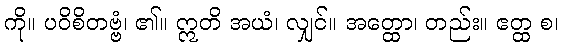
ကို။ ပဝိစိတဗ္ဗံ၊ ၏။ ဣတိ အယံ၊ လျှင်။ အတ္ထော၊ တည်း။ ဧတ္ထ စ၊